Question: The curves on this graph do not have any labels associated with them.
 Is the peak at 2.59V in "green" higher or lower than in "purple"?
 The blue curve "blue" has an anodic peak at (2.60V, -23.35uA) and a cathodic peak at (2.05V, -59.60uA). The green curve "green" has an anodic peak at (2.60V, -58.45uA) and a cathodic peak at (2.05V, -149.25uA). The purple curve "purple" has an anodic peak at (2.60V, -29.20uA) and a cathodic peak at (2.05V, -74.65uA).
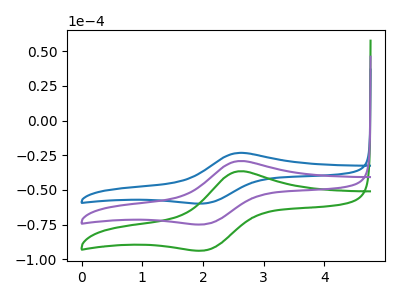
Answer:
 <answer>The peak at 2.59V is lower in "green" than in "purple".</answer>
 <eval>lower</eval>